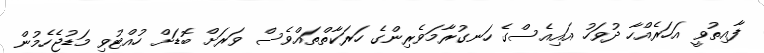
ފާއިތުވީ އަހަރެއްހާ ދުވަހު އައިއެސްގެ ހަނގުރާމަވެރިންގެ ހަރަކާތްތައްވެސް ވަރަށް ބޮޑަށް ހުއްޓުވި މަޑުޖެހެމުން